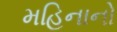
મહિનાનો